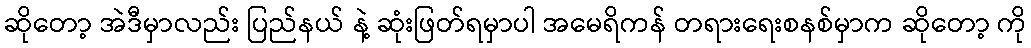
ဆိုတော့ အဲဒီမှာလည်း ပြည်နယ် နဲ့ ဆုံးဖြတ်ရမှာပါ အမေရိကန် တရားရေးစနစ်မှာက ဆိုတော့ ကို